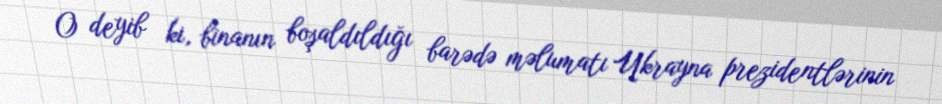
O deyib ki, binanın boşaldıldığı barədə məlumatı Ukrayna prezidentlərinin